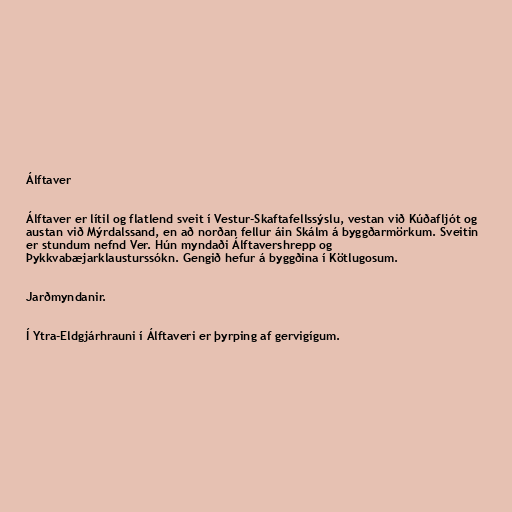
Álftaver

Álftaver er lítil og flatlend sveit í Vestur-Skaftafellssýslu, vestan við Kúðafljót og
austan við Mýrdalssand, en að norðan fellur áin Skálm á byggðarmörkum. Sveitin
er stundum nefnd Ver. Hún myndaði Álftavershrepp og
Þykkvabæjarklausturssókn. Gengið hefur á byggðina í Kötlugosum.

Jarðmyndanir.

Í Ytra-Eldgjárhrauni í Álftaveri er þyrping af gervigígum.